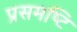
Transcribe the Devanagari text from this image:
प्रसमष्‍टि